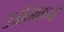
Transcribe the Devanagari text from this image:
उर्जास्रोतान्ची